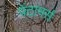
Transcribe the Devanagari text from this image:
पेंटामर्स